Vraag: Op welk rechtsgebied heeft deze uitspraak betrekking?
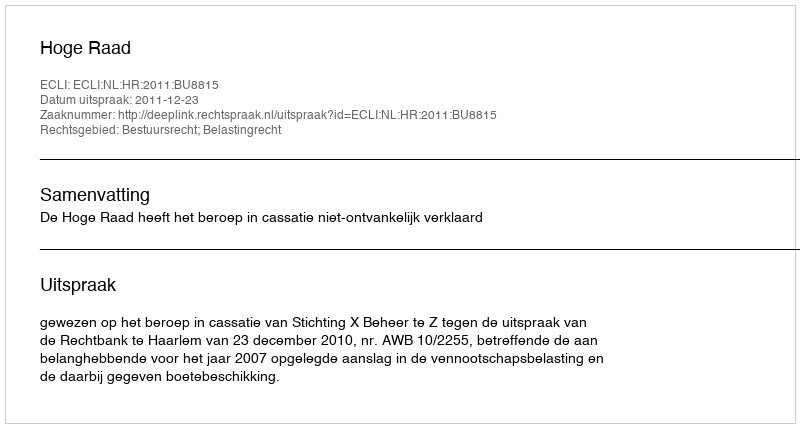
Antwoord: Bestuursrecht; Belastingrecht